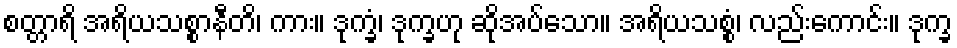
စတ္တာရိ အရိယသစ္စာနီတိ၊ ကား။ ဒုက္ခံ၊ ဒုက္ခဟု ဆိုအပ်သော။ အရိယသစ္စံ၊ လည်းကောင်း။ ဒုက္ခ